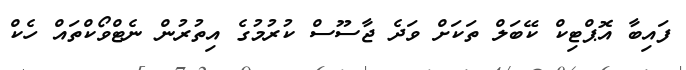
ފައިބާ އޮޕްޓިކް ކޭބަލް ތަކަށް ވަދެ ޖާސޫސް ކުރުމުގެ އިތުރުން ނެޓްވޯކްތައް ހެކް